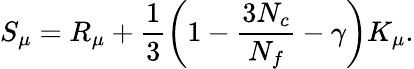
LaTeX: S_{\mu}=R_{\mu}+\frac{1}{3}\left(1-\frac{3N_{c}}{N_{f}}-\gamma\right)K_{\mu}.